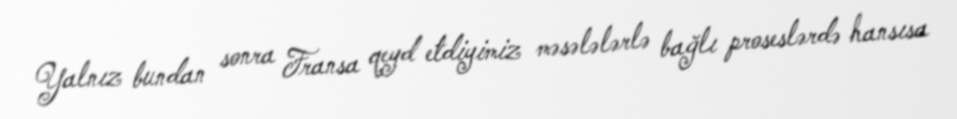
Yalnız bundan sonra Fransa qeyd etdiyimiz məsələlərlə bağlı proseslərdə hansısa